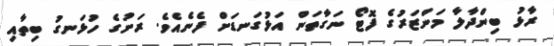
ރާޅު ބިންދާލާ މަންޒަރުގެ ފޮޓޯ ނަގާތަން އަޅުގަނޑަށް ފެނެއެވެ. ރަށުގެ ހުޅަނގު ބިތާއި